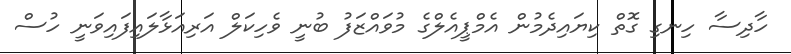
ހާދިސާ ހިނގި ގޮތް ކިޔައިދެމުން އެމްޕީއެލްގެ މުވައްޒަފު ބުނީ ވެހިކަލް އަރިއަޅާލައިފައިވަނީ ހުސް